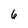
Character: 6